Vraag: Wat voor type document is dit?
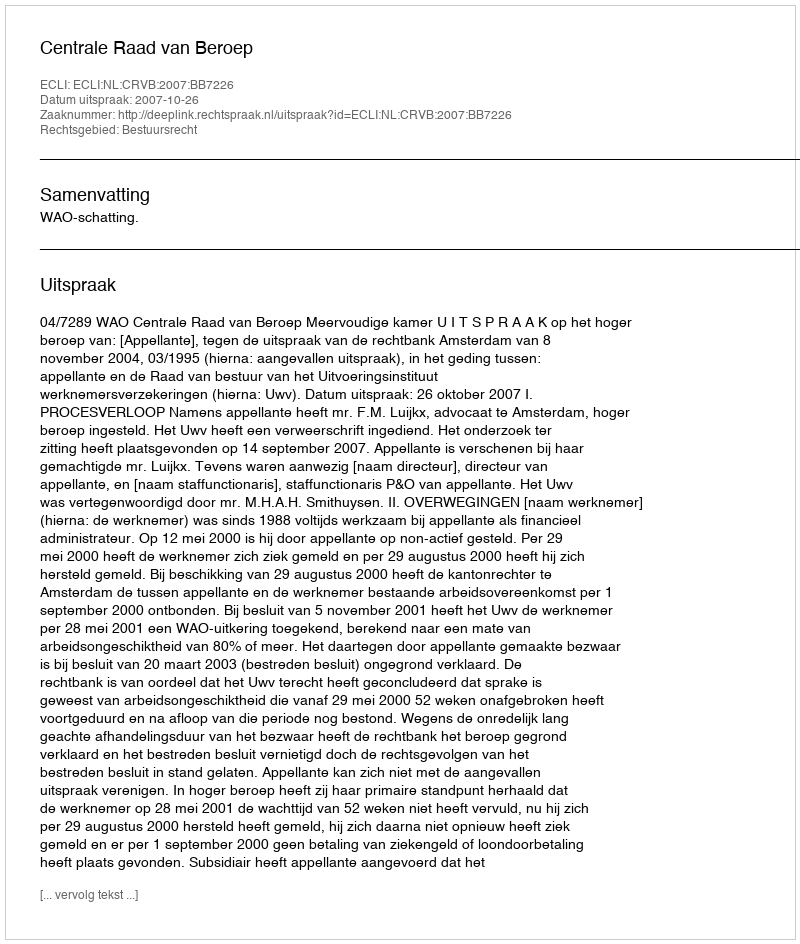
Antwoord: Uitspraak